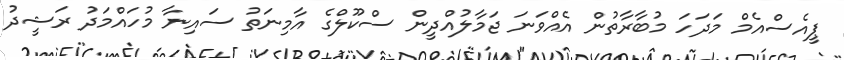
ޕީއެސްއެމް މަދަހަ މުބާރާތުން އެއްވަނަ ޖަމާލުއްދީން ސްކޫލްގެ އާމިނަތު ސައިނާ މުހައްމަދު ރަޝީދު